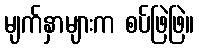
မျက်နှာများက စပ်ဖြဲဖြဲ။